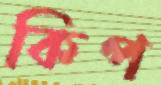
কিপ